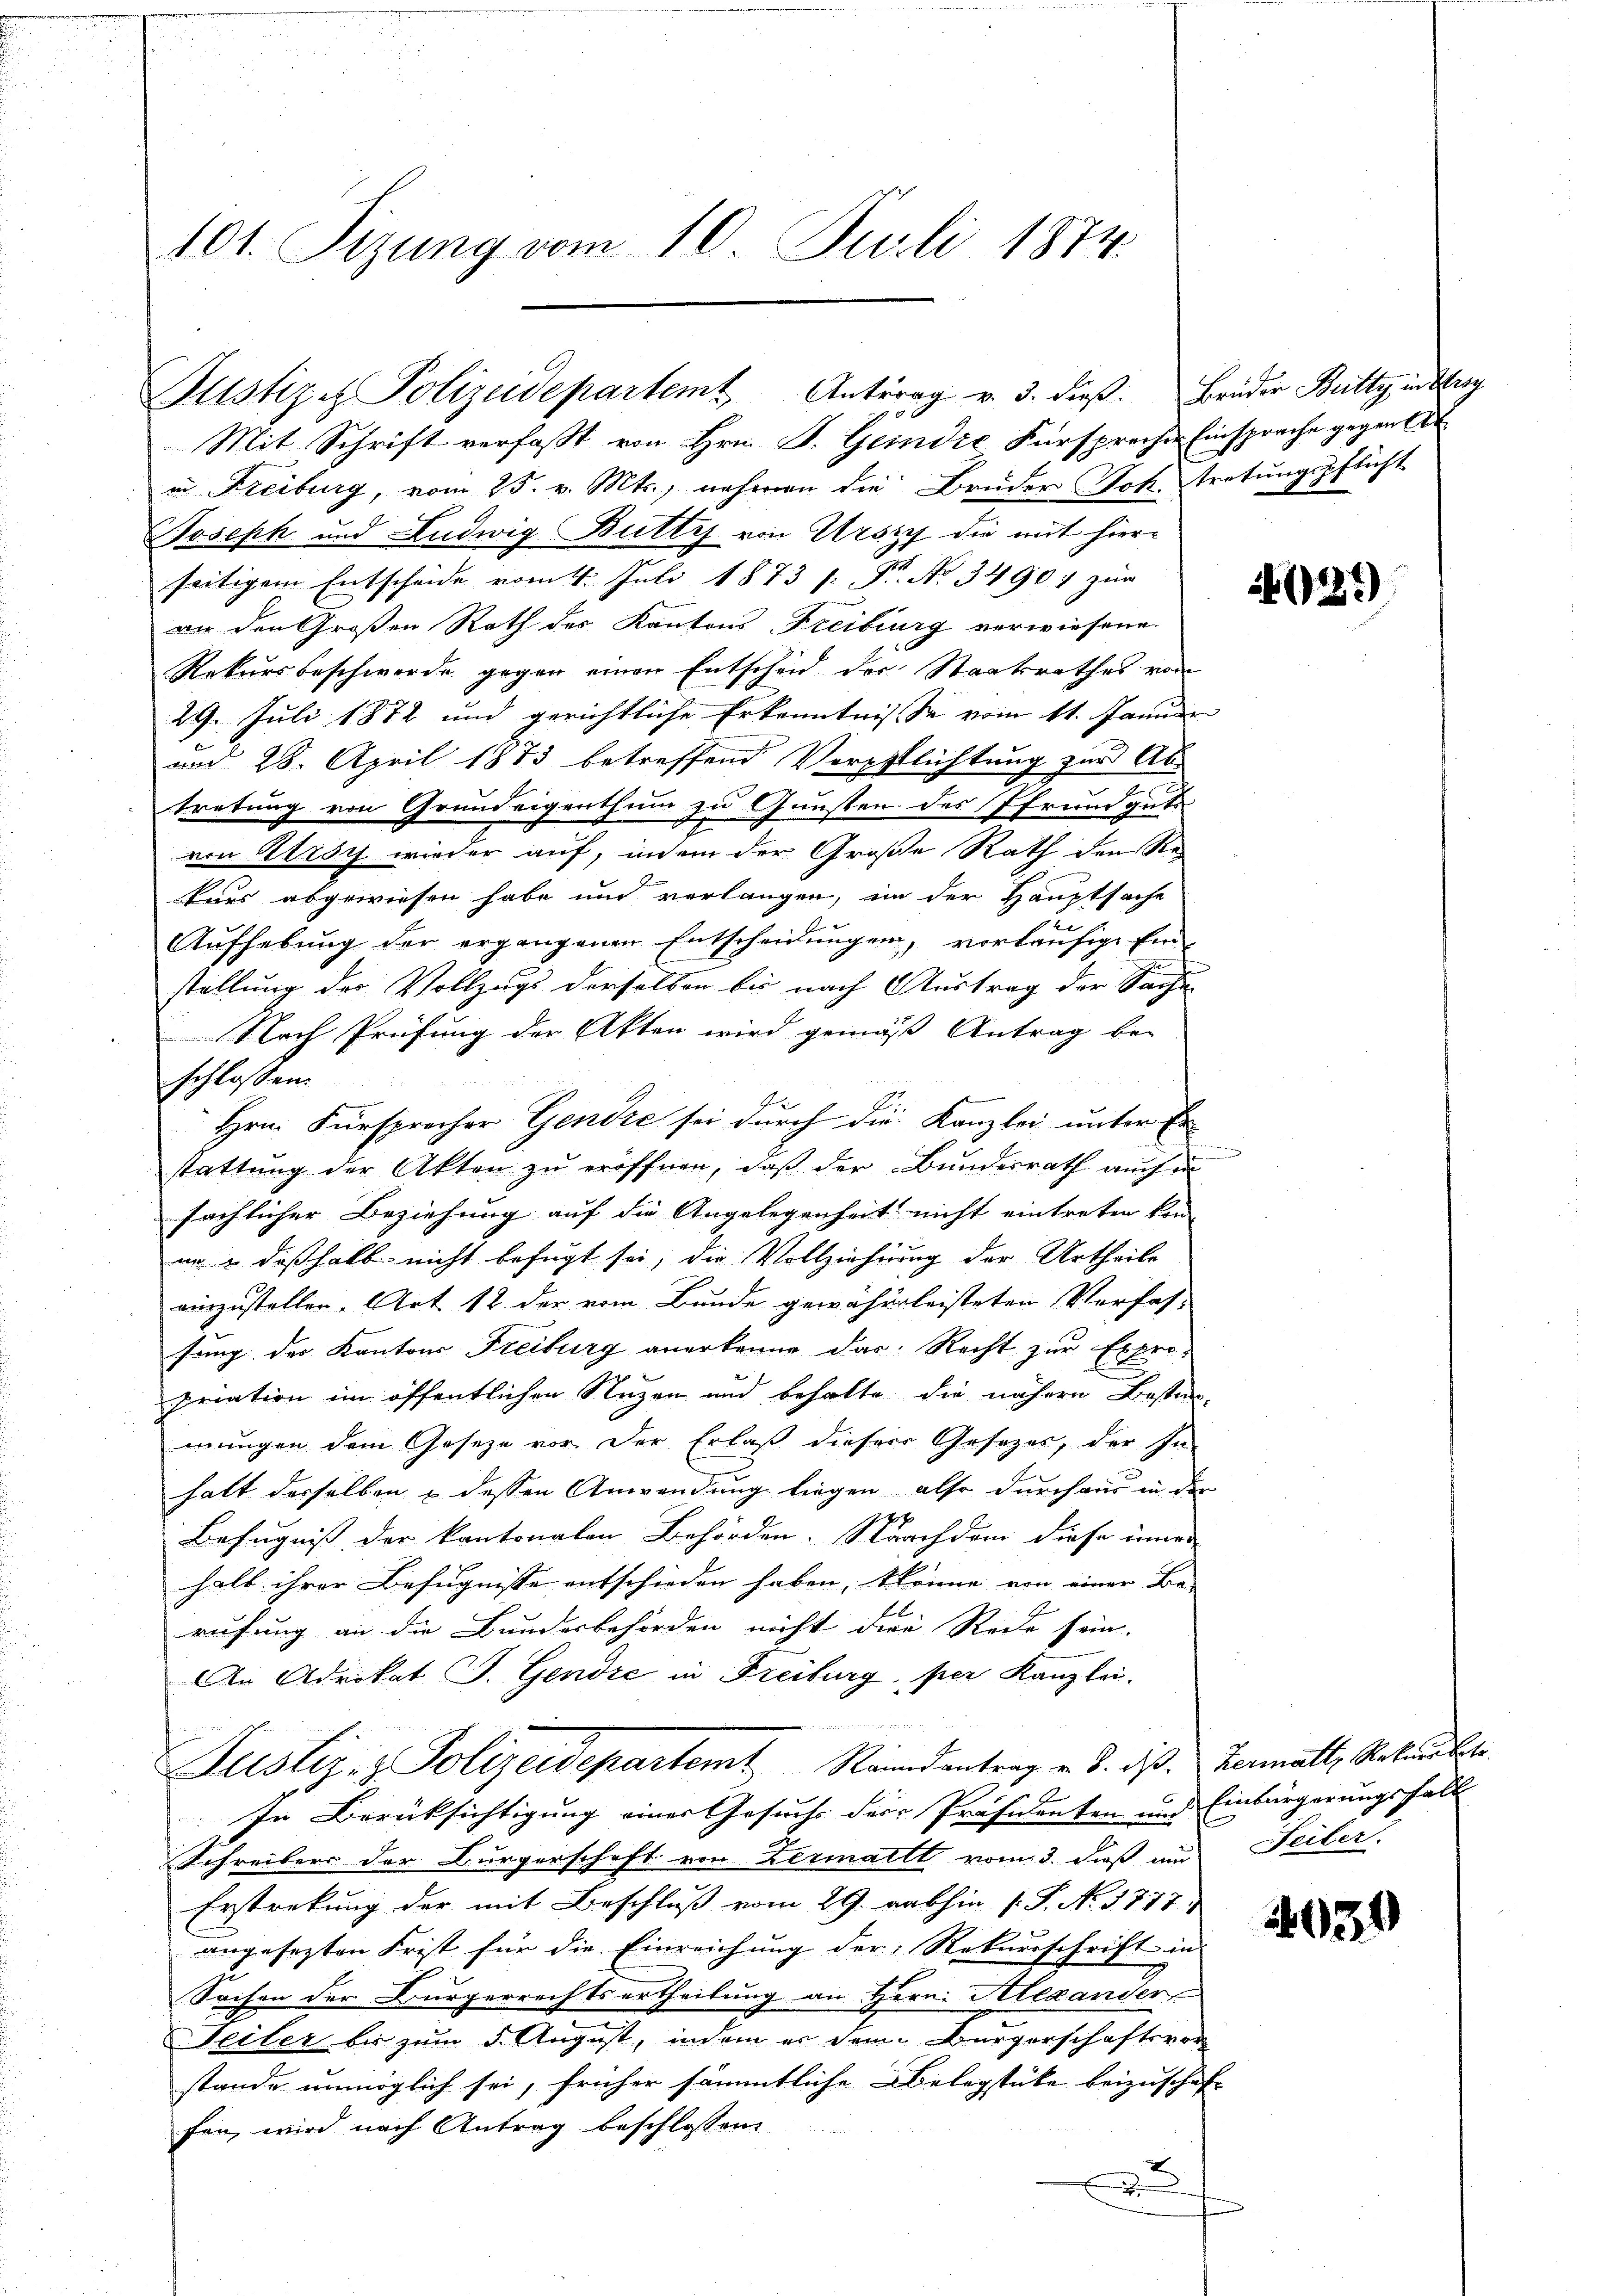
101. Sizung vom 10. Juli 1874.

Mit Schrift verfaßt von Hrn. S. Geindre Fürsprechen Einsprache gegen bet
in Freiburg, vom 25. v. Mts., nehmen die Brüder Joh. tretungspflicht
Joseph und Ludwig Butti von Urszy die mit hierseitigem Entscheide vom 4. Juli 1873 s. Fr. No. 34904 zur
an den Großen Rath des Kantons Freiburg verwiesene
Rekursbeschwerde gegen einen Entscheid der Staatsrathes von
29. Juli 1872 und gerichtliche Erkenntnisse vom 11. Januar
und 28. April 1883 betreffend Verpflichtung zur Ab-
tretung von Grundeigenthum zu Gunsten des Pfrundguts
von Kursy wieder auf, indem der Große Rath den Re
kurs abgewiesen habe und verlangen, in der Hauptsache
Aufhebung der ergangenen Entscheidungen, vorläufige Ein-
stellung der Vollzugs derselben bis nach Austrag der Sache
Nach Prüfung der Akten wird gemäß Antrag bei
schlossen:
Hrn. Fürsprecher Gendre sei durch die Kanzlei unter Er
stattung der Akten zu eröffnen, daß der Bundesrath auch
sächlicher Beziehung auf die Angelegenheit nicht eintreten kon
nn & deßhalb nicht befugt sei, die Vollziehung der Urtheile
einzustellen. Art 12 der vom Bunde gewährleisteten Verfas-
fung der Kantons Freiburg anerkenne das Recht zur Expro-
priation ein öffentlichen Nuzen und behalte die nähern Bestim-
mungen dem Gesetze vor. Der Erlaß dieser Gesetzes, der In-
halt derselben & dessen Anwendung liegen, also durch nur in der
Befugniß der kantonalen Behörden. Nurch dem diese inner
halb ihrer Befugnisse entschieden haben, könne von einer Be-
rufung an die Bundesbehörden nicht die Rede sein.
An Adrikat J. Gendre in Freiburg, per Kanzlei-
Justiz & Polizeidepartemt Randantrag v. 3. daß Hermall, Arten betr
In Berücksichtigung einer Gesuchs der Präsidenten und Einbürgerungsfall
Schreibers der Bürgerschaft von Zermallt vom 3. dieß und Seiter
Erstreckung der mit Beschluß vom 29. abhin 1 S. No. 1777.
angesezten Frist für die Einreichung der Rekursschrift in
Sachen der Bürgerrechtsertheilung an Herrn Alexander
Teiler bis zum 5. August, indem er den Bürgerschaftsvor
stande unmöglich sei, früher sämmtliche Abelegstücke beizuschaft
fen, wird nach Antrag beschlossen:
E
.

Pustiz & Polizeidepartemt Antrag v. 3. dieβ. Brüder Betty in Trag

21)

4031